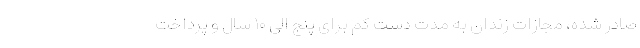
صادر شده، مجازات زندان به مدت دست کم برای پنج الی ۱۰ سال و پرداخت